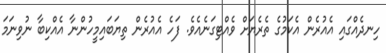
ހިނދެއްގައި އެއުރެން އެކަމުގެ ތެރެޔަށް ވެއްޓިގަނެއެވެ. ފަހެ އެއުރެން ތިޔަބައިމީހުންނާ އެއްކިބާ ނުވިނަމަ